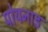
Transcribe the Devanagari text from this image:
पोयनाड